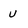
Character: u